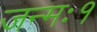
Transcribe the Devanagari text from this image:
जन्मः१